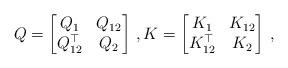
LaTeX: \begin{align*}Q = \begin{bmatrix} Q_1 & Q_{12} \\ Q_{12}^{\top} & Q_2 \end{bmatrix} \,, K = \begin{bmatrix}K_1 & K_{12} \\ K_{12}^{\top} & K_2 \end{bmatrix} \,, \end{align*}